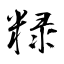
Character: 粶